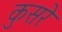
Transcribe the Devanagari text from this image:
कुसरे